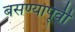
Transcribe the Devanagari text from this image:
बसण्यापूर्वी